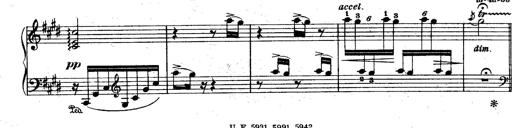
Title: Le rossignol
Composer: Franz Liszt